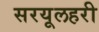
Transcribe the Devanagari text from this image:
सरयूलहरी